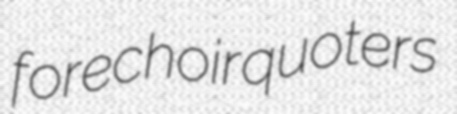
forechoir quoters